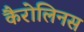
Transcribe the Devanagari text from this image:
कैरोलिनस